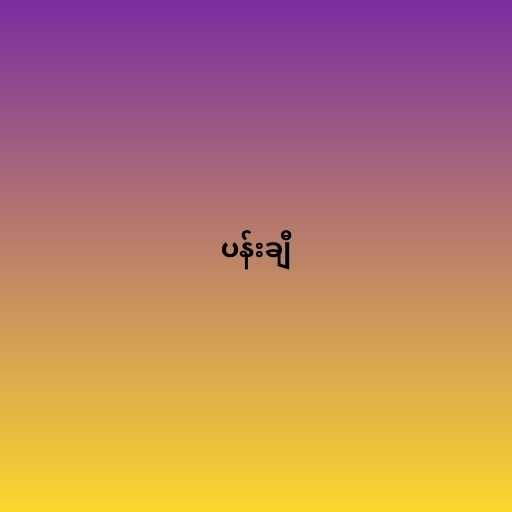
ပန်းချီ